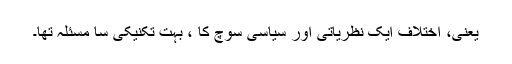
یعنی، اختلاف ایک نظریاتی اور سیاسی سوچ کا ، بہت تکنیکی سا مسئلہ تھا۔